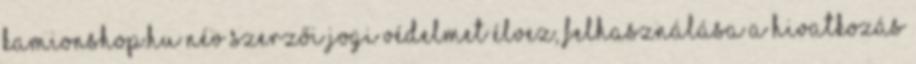
Kamionshop.hu név szerzői jogi védelmet élvez, felhasználása a hivatkozás